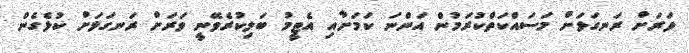
ވަރަށް ރަނގަޅަށް މަސައްކަތްކުރަމުން އަންނަ ކަމަށާއި އެޓީމު ބަލިކުރެވޭނީ ވަރަށް ރަނގަޅަށް ކުޅެގެން